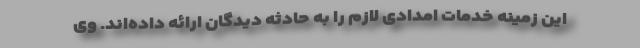
این زمینه خدمات امدادی لازم را به حادثه دیدگان ارائه داده‌اند. وی